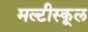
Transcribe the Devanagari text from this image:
मल्टीस्कूल